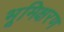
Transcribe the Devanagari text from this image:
भूमिक्षरण